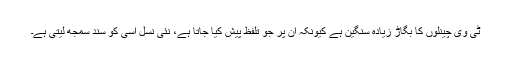
ٹی وی چینلوں کا بگاڑ زیادہ سنگین ہے کیونکہ ان پر جو تلفظ پیش کیا جاتا ہے، نئی نسل اسی کو سند سمجھ لیتی ہے۔